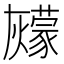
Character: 𰟶